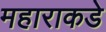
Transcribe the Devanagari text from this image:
महाराकडे